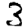
Digit: 3